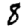
Digit: 8